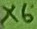
Text: X6